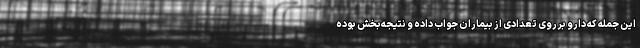
این جمله که دارو بر روی تعدادی از بیماران جواب داده و نتیجه‌بخش بوده